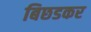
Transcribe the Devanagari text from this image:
बिछडकर